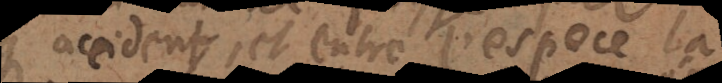
accident et entre l’espece la